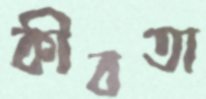
কীবতা